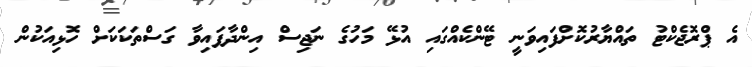
އެ ޕްރޮޖެކްޓު ތައްޔާރުކޮށްފައިވަނީ ޓޭންކެއްގައި އުޅޭ މަހުގެ ނަޖިސް އިންދާފައިވާ ގަސްތަކަކަށް ހޮޅިއަކުން